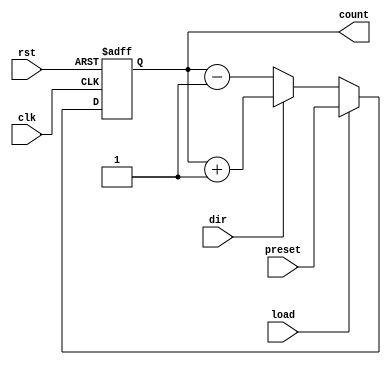
module synchronous_load_counter (
    input wire clk,          // Clock signal
    input wire rst,          // Asynchronous active-high reset
    input wire load,         // Load control signal
    input wire dir,          // Direction control signal (1 for up, 0 for down)
    input wire [7:0] preset, // Preset value to load into the counter
    output reg [7:0] count   // Current count value
);

// Asynchronous reset
always @(posedge clk or posedge rst) begin
    if (rst) begin
        count <= 8'b0; // Reset the counter to zero
    end else if (load) begin
        count <= preset; // Load the preset value into the counter
    end else begin
        // Counting operation
        if (dir) begin
            count <= count + 1; // Increment the counter
        end else begin
            count <= count - 1; // Decrement the counter
        end
    end
end

endmodule